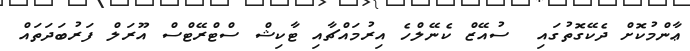
ޢާންމުކޮށް ދެކޭގޮތުގައި  ސުއޭޒް ކެނޭލްހެ އިރުމައްޗާއި ޓާކިޝް ސްޓްރޭޓްސް އޫރަލް ފަރުބަދަތައް